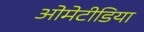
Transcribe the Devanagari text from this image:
ओमेटीडिया